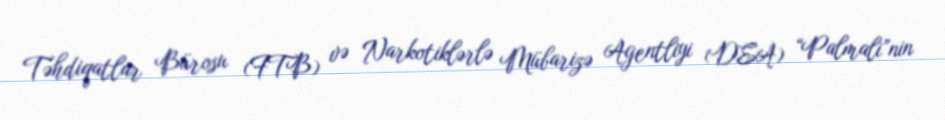
Təhdiqatlar Bürosu (FTB) və Narkotiklərlə Mübarizə Agentliyi (DEA) “Palmali”nin